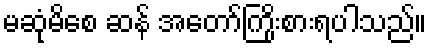
မဆုံမိစေ ဆန် အတော်ကြိုးစားရပါသည်။